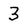
Character: 3